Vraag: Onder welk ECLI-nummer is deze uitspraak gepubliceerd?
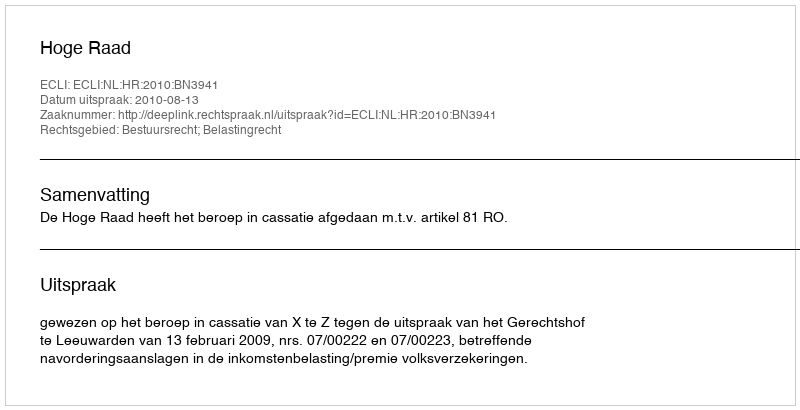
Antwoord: ECLI:NL:HR:2010:BN3941